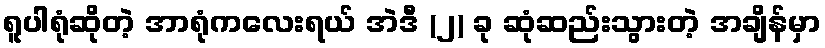
ရူပါရုံဆိုတဲ့ အာရုံကလေးရယ် အဲဒီ (၂) ခု ဆုံဆည်းသွားတဲ့ အချိန်မှာ